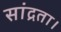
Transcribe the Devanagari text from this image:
सांद्रता।